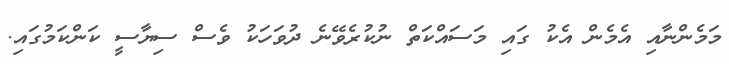
މަމެންނާއި އެމެން އެކު ގައި މަސައްކަތް ނުކުރެވޭނެ ދުވަހަކު ވެސް ސިޔާސީ ކަންކަމުގައި.